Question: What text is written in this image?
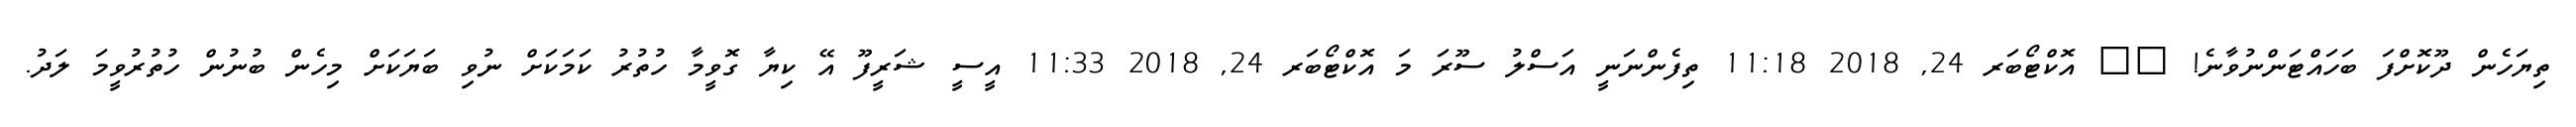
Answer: ތިޔަހެން ދޫކޮށްފަ ބަހައްޓަންނުވާނެ! ?? އޮކްޓޯބަރ 24, 2018 11:18 ތިފެންނަނީ އަސްލު ސޫރަ މަ އޮކްޓޯބަރ 24, 2018 11:33 އީސީ ޝަރީފޫ އޭ ކިޔާ ގޮވީމާ ހުތުރު ކަމަކަށް ނުވި ބަޔަކަށް މިހެން ބުނުން ހުތުރުވީމަ ލަދު.